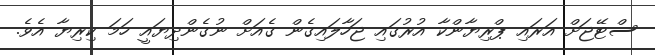
ސްޓޭޖަށް އަރައި ޕްރިޔާންކާ އުރުގައި ޖަހާލައިގެން ގެއަށް ނުގެންދިޔައީ ހަމަ ކިރިޔާ އެވެ.